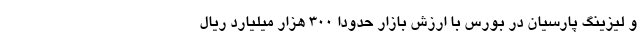
و لیزینگ پارسیان در بورس با ارزش بازار حدوداً 300 هزار میلیارد ریال